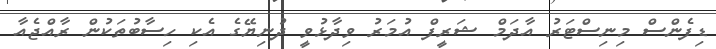
ޑިފެންސް މިނިސްޓަރު އާދަމް ޝަރީފް އުމަރު ވިދާޅުވީ ދުނިޔޭގެ އެކި ހިސާބުތަކުން ރާއްޖެއާ